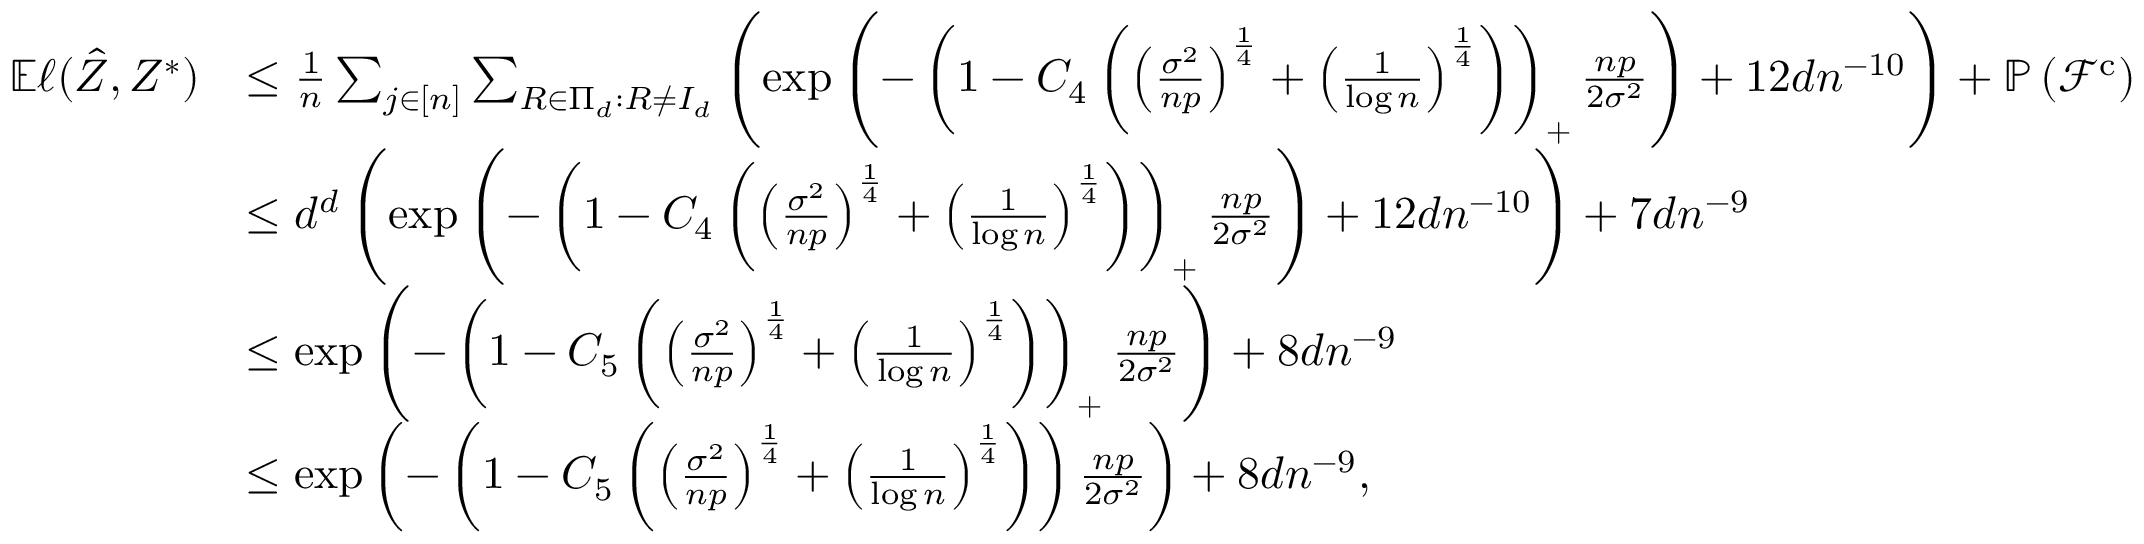
\begin{array} { r l } { \mathbb { E } \ell ( \hat { Z } , Z ^ { * } ) } & { \leq \frac { 1 } { n } \sum _ { j \in [ n ] } \sum _ { R \in \Pi _ { d } : R \neq I _ { d } } \left( \exp \left( - \left( 1 - C _ { 4 } \left( \left( \frac { \sigma ^ { 2 } } { n p } \right) ^ { \frac { 1 } { 4 } } + \left( \frac { 1 } { \log n } \right) ^ { \frac { 1 } { 4 } } \right) \right) _ { + } \frac { n p } { 2 \sigma ^ { 2 } } \right) + 1 2 d n ^ { - 1 0 } \right) + \mathbb { P } \left( \mathcal { F } ^ { \mathrm { c } } \right) } \\ & { \leq d ^ { d } \left( \exp \left( - \left( 1 - C _ { 4 } \left( \left( \frac { \sigma ^ { 2 } } { n p } \right) ^ { \frac { 1 } { 4 } } + \left( \frac { 1 } { \log n } \right) ^ { \frac { 1 } { 4 } } \right) \right) _ { + } \frac { n p } { 2 \sigma ^ { 2 } } \right) + 1 2 d n ^ { - 1 0 } \right) + 7 d n ^ { - 9 } } \\ & { \leq \exp \left( - \left( 1 - C _ { 5 } \left( \left( \frac { \sigma ^ { 2 } } { n p } \right) ^ { \frac { 1 } { 4 } } + \left( \frac { 1 } { \log n } \right) ^ { \frac { 1 } { 4 } } \right) \right) _ { + } \frac { n p } { 2 \sigma ^ { 2 } } \right) + 8 d n ^ { - 9 } } \\ & { \leq \exp \left( - \left( 1 - C _ { 5 } \left( \left( \frac { \sigma ^ { 2 } } { n p } \right) ^ { \frac { 1 } { 4 } } + \left( \frac { 1 } { \log n } \right) ^ { \frac { 1 } { 4 } } \right) \right) \frac { n p } { 2 \sigma ^ { 2 } } \right) + 8 d n ^ { - 9 } , } \end{array}